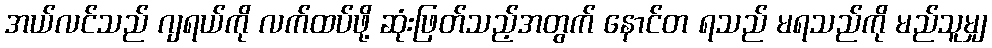
အယ်လင်သည် ဂျရယ်ကို လက်ထပ်ဖို့ ဆုံးဖြတ်သည့်အတွက် နောင်တ ရသည် မရသည်ကို မည်သူမျှ